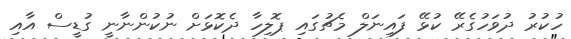
ހުކުރު ދުވަހުގެރޭ ކުޅޭ ފައިނަލް މެޗުގައި ޕޮލިހާ ދެކޮޅަށް ނުކުންނާނީ ގުޑީސް އާއި